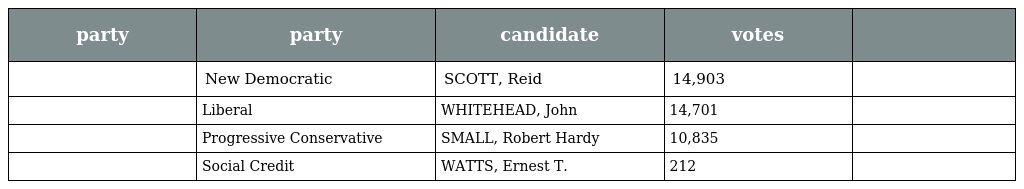
| party | party | candidate | votes |  |
 | --- | --- | --- | --- | --- |
 |  | New Democratic | SCOTT, Reid | 14,903 |  |
 |  | Liberal | WHITEHEAD, John | 14,701 |  |
 |  | Progressive Conservative | SMALL, Robert Hardy | 10,835 |  |
 |  | Social Credit | WATTS, Ernest T. | 212 |  |